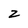
Character: 2